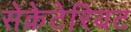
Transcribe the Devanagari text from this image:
सेक्रेटेरियट